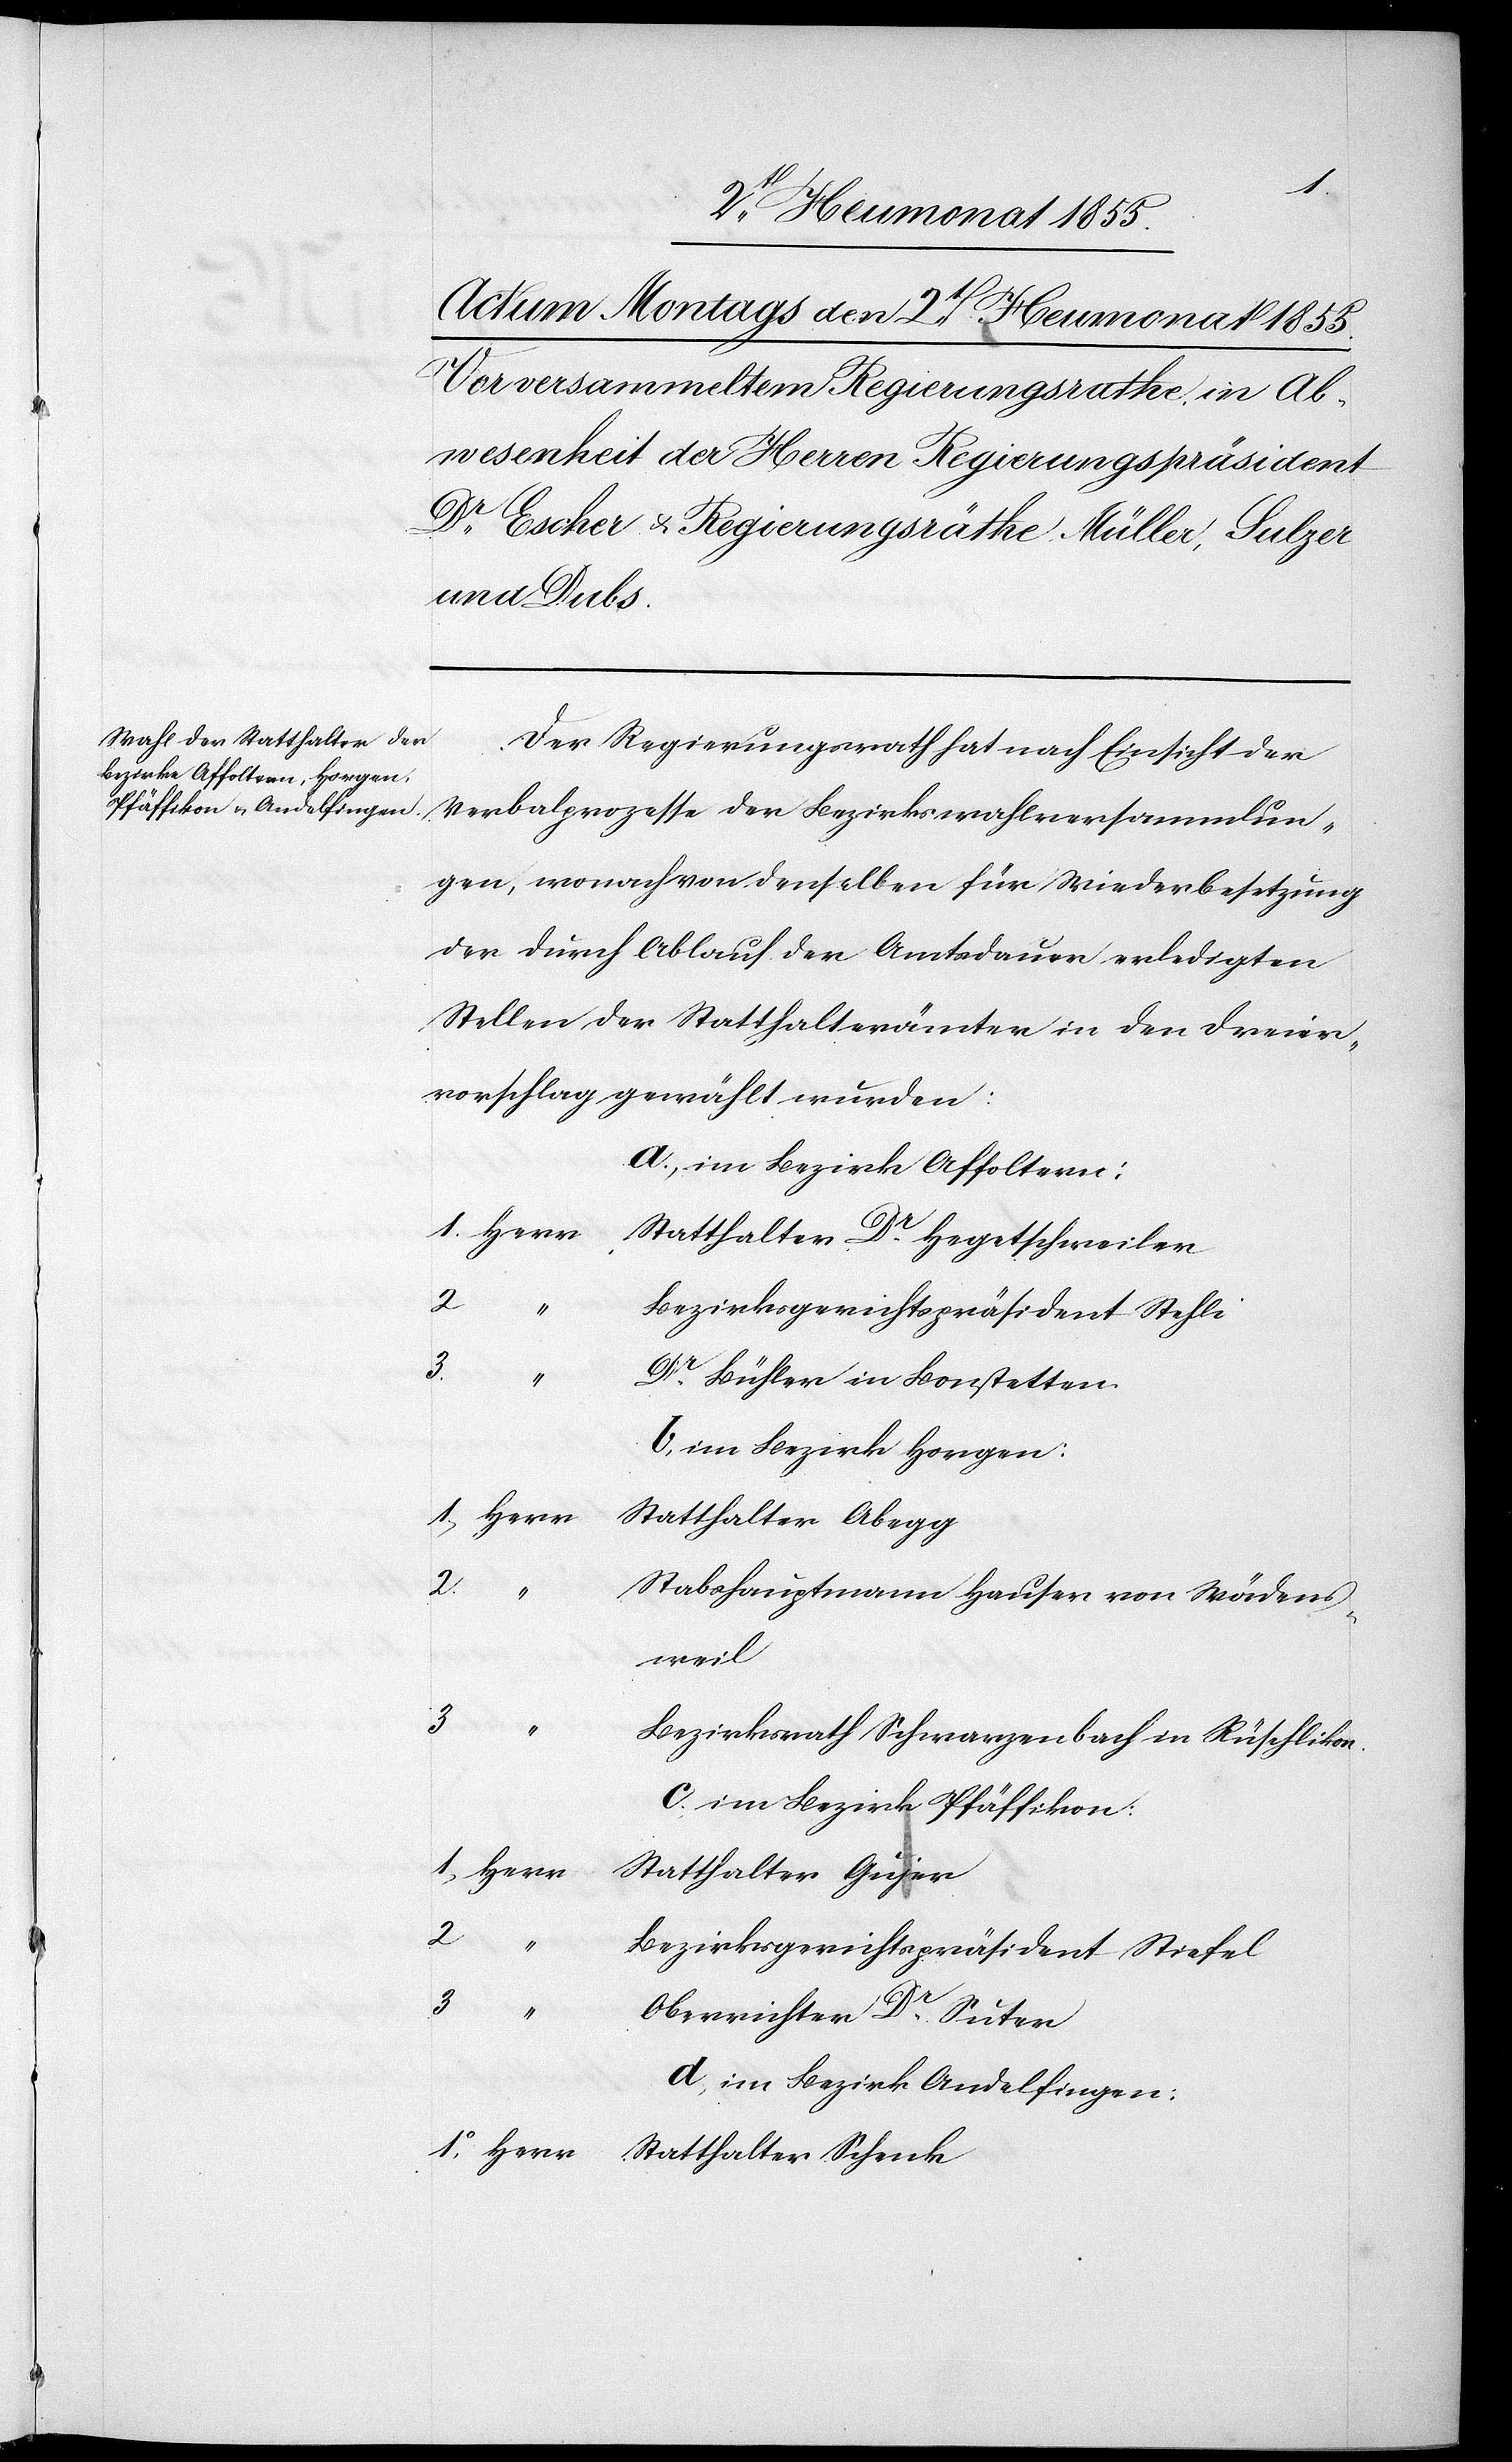
Der Regierungsrath hat nach Einsicht der
Verbalprozesse der Bezirkswahlversammlun¬
gen, wonach von denselben für Wiederbesetzung
der durch Ablauf der Amtsdauer erledigten
Stellen der Statthalterämter in den Dreier¬
vorschlag gewählt wurden:
a., im Bezirke Affoltern:
1. Herr
Statthalter Dr. Hegetschweiler
2.
Bezirksgerichtspräsident Stehli
3.
“
Dr. Bühler in Bonstetten.
b, im Bezirk Horgen:
1, Herr
Statthalter Abegg
2.
Stabshauptmann Hauser von Wädens¬
weil
3
Bezirksrath Schwarzenbach in Rüschlikon.
c. im Bezirk Pfäffikon:
Statthalter Gujer
2
Bezirksgerichtspräsident Stiefel
3 “
Oberrichter Dr. Suter
d, im Bezirk Andelfingen:
1o, Herr Statthalter Schenk